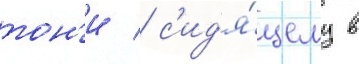
тон'и / с'ид'я́щему в